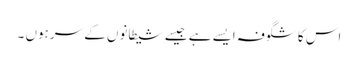
اس کا شگوفہ ایسے ہے جیسے شیطانوں کے سرہوں ۔